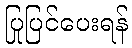
ပြုပြင်ပေးရန်